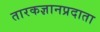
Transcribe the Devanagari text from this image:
तारकज्ञानप्रदाता